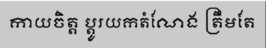
កាយចិត្ត ប្តូរយកតំណែង ត្រឹមតែ